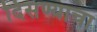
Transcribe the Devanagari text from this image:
दिसण्याचा